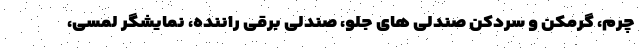
چرم، گرمکن و سردکن صندلی های جلو، صندلی برقی راننده، نمایشگر لمسی،